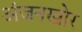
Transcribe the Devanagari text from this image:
अंजनखोर